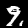
Digit: 9